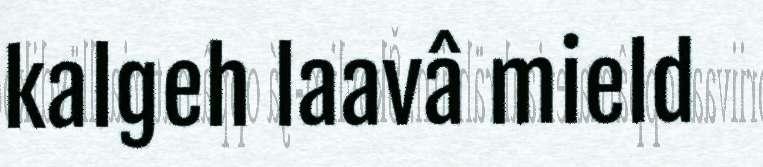
kalgeh laavâ mield